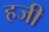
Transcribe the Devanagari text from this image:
हजी